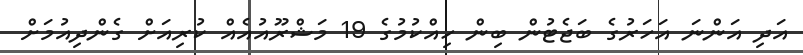
އަދި އަންނަ އަހަރުގެ ބަޖެޓުން ބިން ހިއްކުމުގެ 19 މަޝްރޫއުއެއް ކުރިއަށް ގެންދިއުމަށް